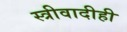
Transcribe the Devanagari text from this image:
स्त्रीवादीही